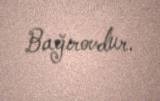
Bağırovdur.